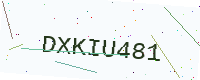
Text: DXKIU481